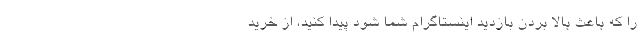
را که باعث بالا بردن بازدید اینستاگرام شما شود پیدا کنید، از خرید